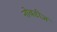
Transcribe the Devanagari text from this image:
नोबडीज़